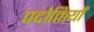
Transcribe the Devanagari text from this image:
पदोक्तियाँ